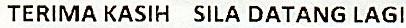
TERIMA KASIH SILA DATANG LAGI